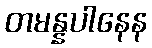
တမန္နပါနေန